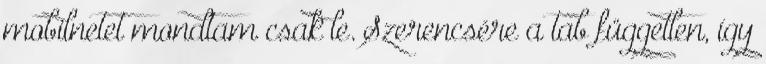
mobilnetet mondtam csak le. Szerencsére a tab független, így